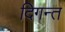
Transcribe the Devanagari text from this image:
दिगन्त